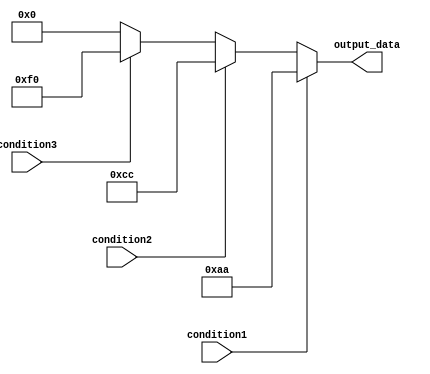
module multiple_if_else_statement(
    input wire condition1,
    input wire condition2,
    input wire condition3,
    output reg[7:0] output_data
);

always @(*)
begin
    if(condition1)
    begin
        // code block for condition1
        output_data = 8'b10101010;
    end
    else if(condition2)
    begin
        // code block for condition2
        output_data = 8'b11001100;
    end
    else if(condition3)
    begin
        // code block for condition3
        output_data = 8'b11110000;
    end
    else
    begin
        // default code block
        output_data = 8'b00000000;
    end
end

endmodule